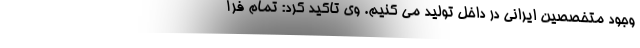
وجود متخصصین ایرانی در داخل تولید می کنیم. وی تاکید کرد: تمام فرآ